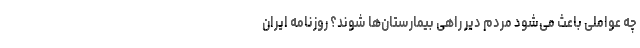
چه عواملی باعث می‌شود مردم دیر راهی بیمارستان‌ها شوند؟ روزنامه ایران